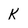
Character: K